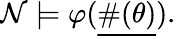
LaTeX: {\mathcal{N}}\models\varphi({\underline{{\# (\theta)}}}).